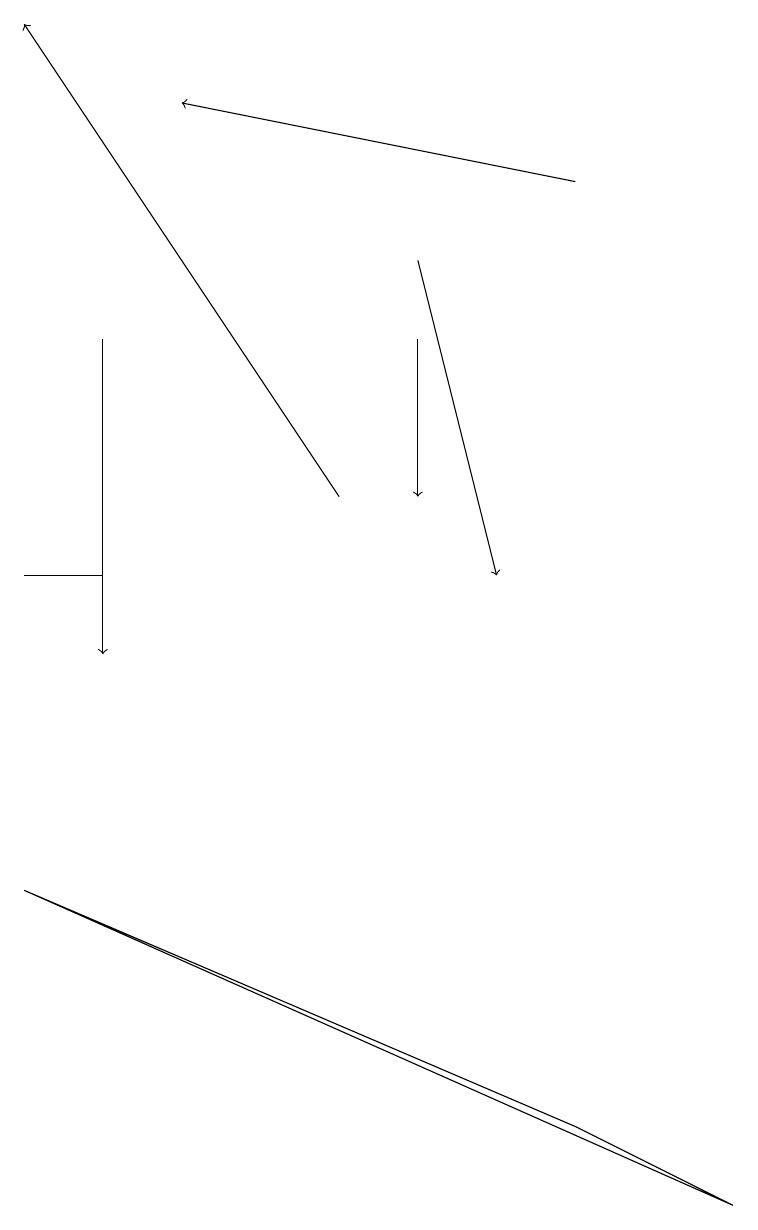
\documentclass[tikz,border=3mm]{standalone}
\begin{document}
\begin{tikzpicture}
\draw (9,4) -- (7,5) -- (0,8) -- cycle;
\draw[->] (4,13) -- (0,19);
\draw[->] (7,17) -- (2,18);
\draw[->] (5,16) -- (6,12);
\draw (1,12) rectangle (0,12);
\draw[->] (5,15) -- (5,13);
\draw[->] (1,15) -- (1,11);
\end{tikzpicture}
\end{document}